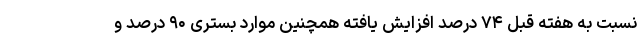
نسبت به هفته قبل ۷۴ درصد افزایش یافته همچنین موارد بستری ۹۰ درصد و